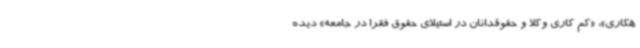
هکاری»، «کم کاری وکلا و حقوقدانان در استیلای حقوق فقرا در جامعه» دیده